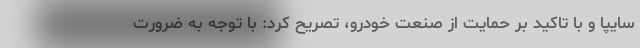
سايپا و با تاكيد بر حمايت از صنعت خودرو، تصريح كرد: با توجه به ضرورت